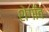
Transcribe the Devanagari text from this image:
शेगाँव